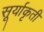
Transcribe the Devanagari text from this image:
सूर्याकृती